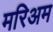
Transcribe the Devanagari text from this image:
मरिअम